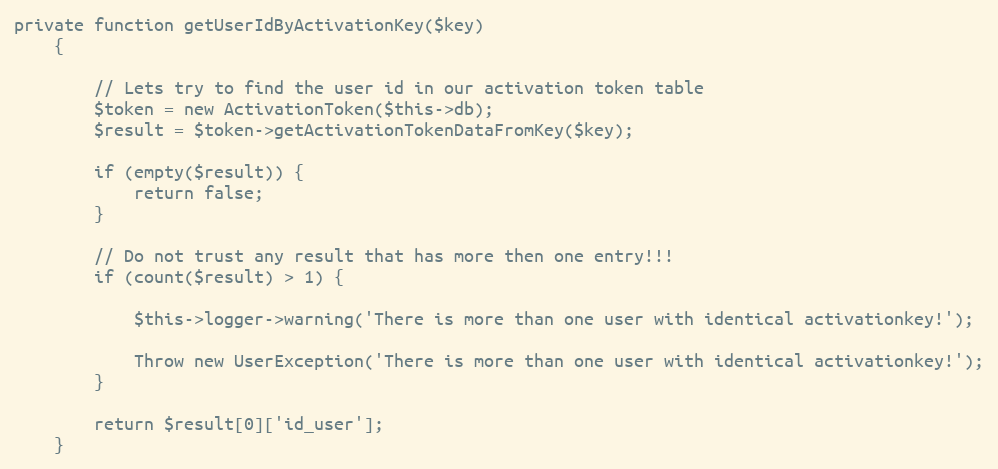
Language: PHP
private function getUserIdByActivationKey($key)
    {

        // Lets try to find the user id in our activation token table
        $token = new ActivationToken($this->db);
        $result = $token->getActivationTokenDataFromKey($key);

        if (empty($result)) {
            return false;
        }

        // Do not trust any result that has more then one entry!!!
        if (count($result) > 1) {

            $this->logger->warning('There is more than one user with identical activationkey!');

            Throw new UserException('There is more than one user with identical activationkey!');
        }

        return $result[0]['id_user'];
    }